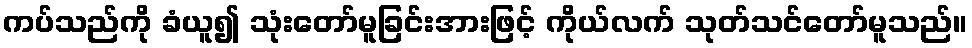
ကပ်သည်ကို ခံယူ၍ သုံးတော်မူခြင်းအားဖြင့် ကိုယ်လက် သုတ်သင်တော်မူသည်။